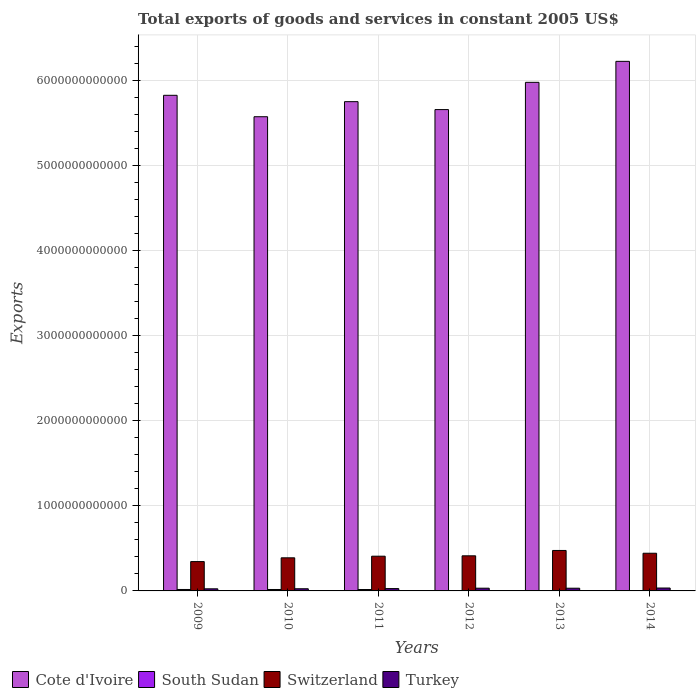
| Years | Cote d'Ivoire | South Sudan | Switzerland | Turkey |
 | --- | --- | --- | --- | --- |
 | 2009 | 5.83e+12 | 1.7e+10 | 3.45e+11 | 2.47e+10 |
 | 2010 | 5.58e+12 | 1.68e+10 | 3.89e+11 | 2.55e+10 |
 | 2011 | 5.76e+12 | 1.64e+10 | 4.09e+11 | 2.75e+10 |
 | 2012 | 5.66e+12 | 1.33e+09 | 4.13e+11 | 3.2e+10 |
 | 2013 | 5.98e+12 | 2.66e+09 | 4.76e+11 | 3.19e+10 |
 | 2014 | 6.23e+12 | 4.06e+09 | 4.43e+11 | 3.41e+10 |